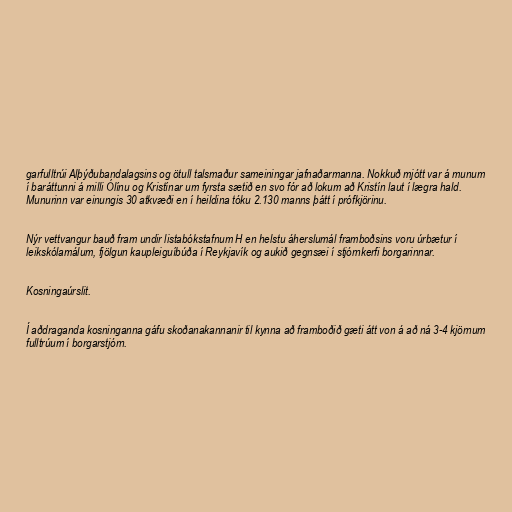
garfulltrúi Alþýðubandalagsins og ötull talsmaður sameiningar jafnaðarmanna. Nokkuð mjótt var á munum
í baráttunni á milli Ólínu og Kristínar um fyrsta sætið en svo fór að lokum að Kristín laut í lægra hald.
Munurinn var einungis 30 atkvæði en í heildina tóku 2.130 manns þátt í prófkjörinu.

Nýr vettvangur bauð fram undir listabókstafnum H en helstu áherslumál framboðsins voru úrbætur í
leikskólamálum, fjölgun kaupleiguíbúða í Reykjavík og aukið gegnsæi í stjórnkerfi borgarinnar.

Kosningaúrslit.

Í aðdraganda kosninganna gáfu skoðanakannanir til kynna að framboðið gæti átt von á að ná 3-4 kjörnum
fulltrúum í borgarstjórn.